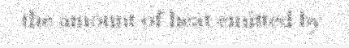
the amount of heat emitted by